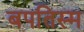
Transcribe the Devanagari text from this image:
बपतिस्म